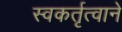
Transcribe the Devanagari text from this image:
स्वकर्तृत्वाने